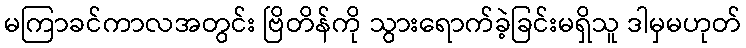
မကြာခင်ကာလအတွင်း ဗြိတိန်ကို သွားရောက်ခဲ့ခြင်းမရှိသူ ဒါမှမဟုတ်